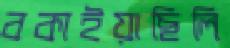
বকাইয়াছিলি